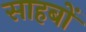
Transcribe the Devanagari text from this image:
साहबों